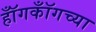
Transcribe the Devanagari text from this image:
हॉँगकॉँगच्या